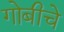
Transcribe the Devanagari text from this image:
गोबीचे